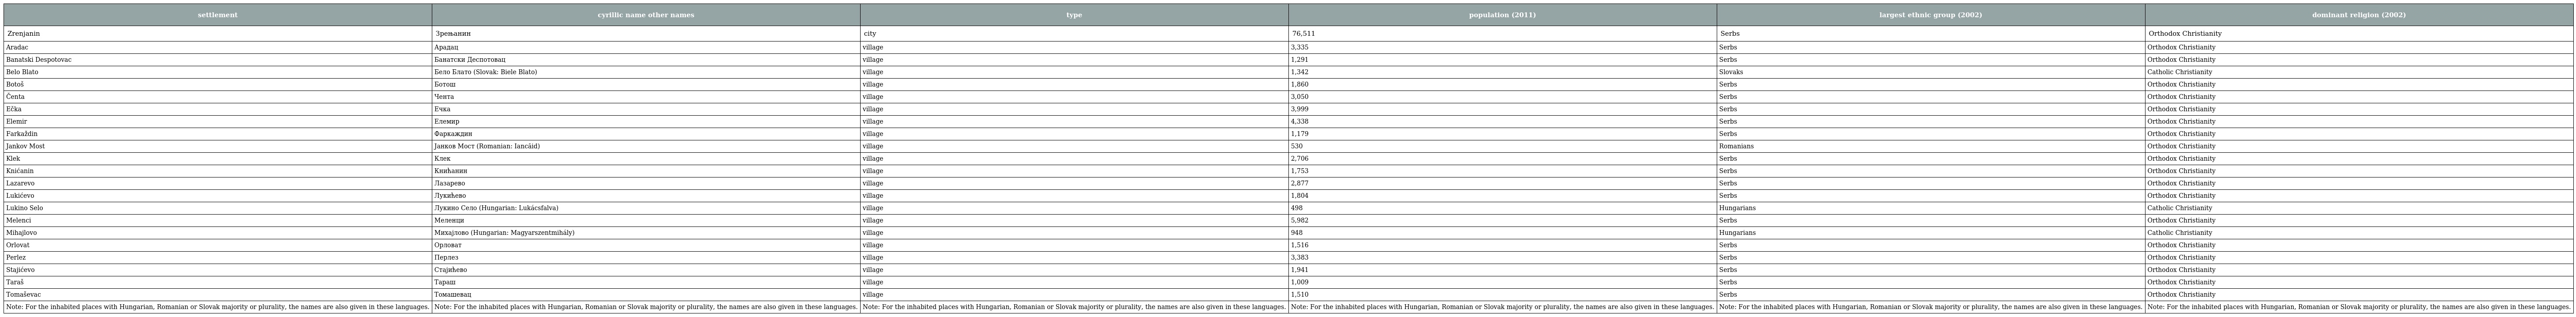
| settlement | cyrillic name other names | type | population (2011) | largest ethnic group (2002) | dominant religion (2002) |
 | --- | --- | --- | --- | --- | --- |
 | Zrenjanin | Зрењанин | city | 76,511 | Serbs | Orthodox Christianity |
 | Aradac | Арадац | village | 3,335 | Serbs | Orthodox Christianity |
 | Banatski Despotovac | Банатски Деспотовац | village | 1,291 | Serbs | Orthodox Christianity |
 | Belo Blato | Бело Блато (Slovak: Biele Blato) | village | 1,342 | Slovaks | Catholic Christianity |
 | Botoš | Ботош | village | 1,860 | Serbs | Orthodox Christianity |
 | Čenta | Чента | village | 3,050 | Serbs | Orthodox Christianity |
 | Ečka | Ечка | village | 3,999 | Serbs | Orthodox Christianity |
 | Elemir | Елемир | village | 4,338 | Serbs | Orthodox Christianity |
 | Farkaždin | Фаркаждин | village | 1,179 | Serbs | Orthodox Christianity |
 | Jankov Most | Јанков Мост (Romanian: Iancăid) | village | 530 | Romanians | Orthodox Christianity |
 | Klek | Клек | village | 2,706 | Serbs | Orthodox Christianity |
 | Knićanin | Книћанин | village | 1,753 | Serbs | Orthodox Christianity |
 | Lazarevo | Лазарево | village | 2,877 | Serbs | Orthodox Christianity |
 | Lukićevo | Лукићево | village | 1,804 | Serbs | Orthodox Christianity |
 | Lukino Selo | Лукино Село (Hungarian: Lukácsfalva) | village | 498 | Hungarians | Catholic Christianity |
 | Melenci | Меленци | village | 5,982 | Serbs | Orthodox Christianity |
 | Mihajlovo | Михајлово (Hungarian: Magyarszentmihály) | village | 948 | Hungarians | Catholic Christianity |
 | Orlovat | Орловат | village | 1,516 | Serbs | Orthodox Christianity |
 | Perlez | Перлез | village | 3,383 | Serbs | Orthodox Christianity |
 | Stajićevo | Стајићево | village | 1,941 | Serbs | Orthodox Christianity |
 | Taraš | Тараш | village | 1,009 | Serbs | Orthodox Christianity |
 | Tomaševac | Томашевац | village | 1,510 | Serbs | Orthodox Christianity |
 | Note: For the inhabited places with Hungarian, Romanian or Slovak majority or plurality, the names are also given in these languages. | Note: For the inhabited places with Hungarian, Romanian or Slovak majority or plurality, the names are also given in these languages. | Note: For the inhabited places with Hungarian, Romanian or Slovak majority or plurality, the names are also given in these languages. | Note: For the inhabited places with Hungarian, Romanian or Slovak majority or plurality, the names are also given in these languages. | Note: For the inhabited places with Hungarian, Romanian or Slovak majority or plurality, the names are also given in these languages. | Note: For the inhabited places with Hungarian, Romanian or Slovak majority or plurality, the names are also given in these languages. |